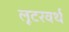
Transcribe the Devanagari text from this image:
लूटरवर्थ